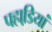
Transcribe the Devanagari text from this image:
पहाडि़यां